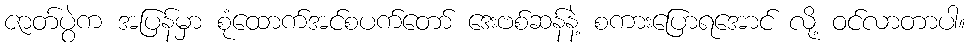
ဇာတ်ပွဲက အပြန်မှာ စုံထောက်အင်စပက်တော် ဒေးဗစ်ဆန်နဲ့ စကားပြောရအောင် လို့ ဝင်လာတာပါ။